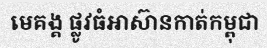
មេគង្គ ផ្លូវធំអាស៊ានកាត់កម្ពុជា